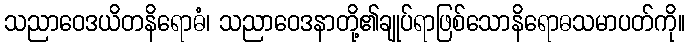
သညာဝေဒယိတနိရောဓံ၊ သညာဝေဒနာတို့၏ချုပ်ရာဖြစ်သောနိရောဓသမာပတ်ကို။